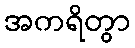
အကရိတွာ